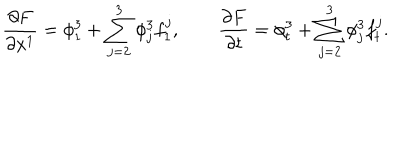
\frac { \partial F } { \partial x ^ { 1 } } = \phi _ { 1 } ^ { 3 } + \sum _ { j = 2 } ^ { 3 } \phi _ { j } ^ { 3 } f _ { 1 } ^ { j } , \quad \quad \frac { \partial F } { \partial t } = \phi _ { t } ^ { 3 } + \sum _ { j = 2 } ^ { 3 } \phi _ { j } ^ { 3 } f _ { t } ^ { j } .